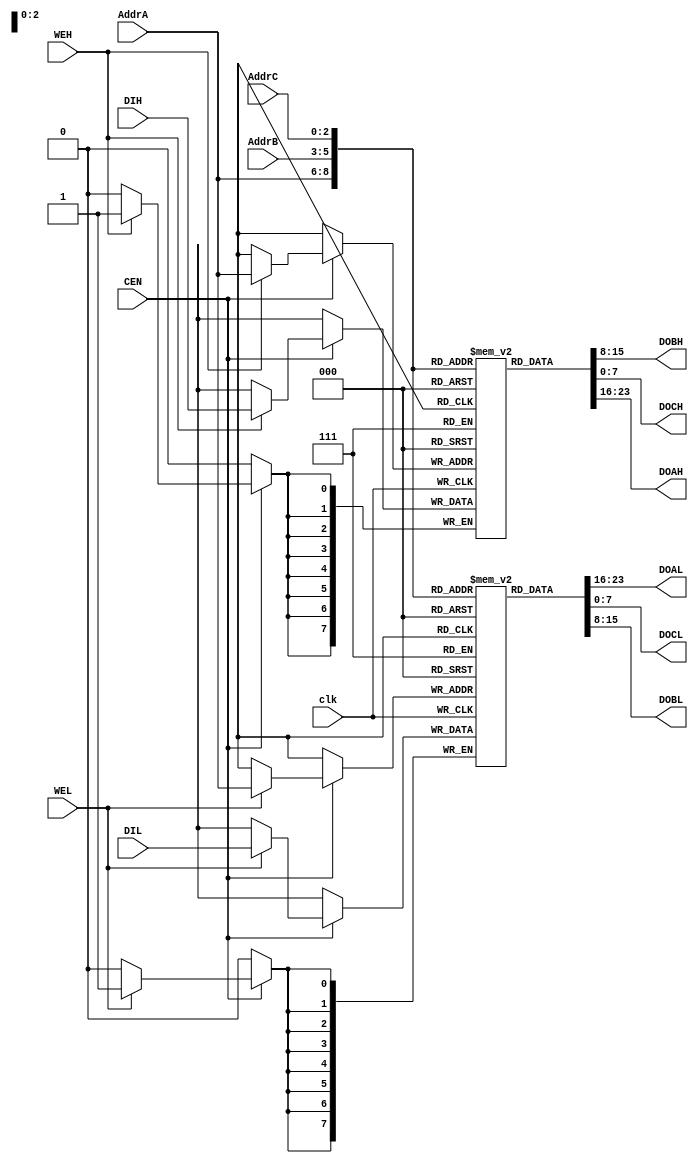
/*
  
   Multicore 2 / Multicore 2+
  
   Copyright (c) 2017-2020 - Victor Trucco

  
   All rights reserved
  
   Redistribution and use in source and synthezised forms, with or without
   modification, are permitted provided that the following conditions are met:
  
   Redistributions of source code must retain the above copyright notice,
   this list of conditions and the following disclaimer.
  
   Redistributions in synthesized form must reproduce the above copyright
   notice, this list of conditions and the following disclaimer in the
   documentation and/or other materials provided with the distribution.
  
   Neither the name of the author nor the names of other contributors may
   be used to endorse or promote products derived from this software without
   specific prior written permission.
  
   THIS CODE IS PROVIDED BY THE COPYRIGHT HOLDERS AND CONTRIBUTORS "AS IS"
   AND ANY EXPRESS OR IMPLIED WARRANTIES, INCLUDING, BUT NOT LIMITED TO,
   THE IMPLIED WARRANTIES OF MERCHANTABILITY AND FITNESS FOR A PARTICULAR
   PURPOSE ARE DISCLAIMED. IN NO EVENT SHALL THE AUTHOR OR CONTRIBUTORS BE
   LIABLE FOR ANY DIRECT, INDIRECT, INCIDENTAL, SPECIAL, EXEMPLARY, OR
   CONSEQUENTIAL DAMAGES (INCLUDING, BUT NOT LIMITED TO, PROCUREMENT OF
   SUBSTITUTE GOODS OR SERVICES; LOSS OF USE, DATA, OR PROFITS; OR BUSINESS
   INTERRUPTION) HOWEVER CAUSED AND ON ANY THEORY OF LIABILITY, WHETHER IN
   CONTRACT, STRICT LIABILITY, OR TORT (INCLUDING NEGLIGENCE OR OTHERWISE)
   ARISING IN ANY WAY OUT OF THE USE OF THIS SOFTWARE, EVEN IF ADVISED OF THE
   POSSIBILITY OF SUCH DAMAGE.
  
   You are responsible for any legal issues arising from your use of this code.
  
*///
// TV80 8-Bit Microprocessor Core
// Based on the VHDL T80 core by Daniel Wallner (jesus@opencores.org)
//
// Copyright (c) 2004 Guy Hutchison (ghutchis@opencores.org)
//
// Permission is hereby granted, free of charge, to any person obtaining a
// copy of this software and associated documentation files (the "Software"),
// to deal in the Software without restriction, including without limitation
// the rights to use, copy, modify, merge, publish, distribute, sublicense,
// and/or sell copies of the Software, and to permit persons to whom the
// Software is furnished to do so, subject to the following conditions:
//
// The above copyright notice and this permission notice shall be included
// in all copies or substantial portions of the Software.
//
// THE SOFTWARE IS PROVIDED "AS IS", WITHOUT WARRANTY OF ANY KIND,
// EXPRESS OR IMPLIED, INCLUDING BUT NOT LIMITED TO THE WARRANTIES OF
// MERCHANTABILITY, FITNESS FOR A PARTICULAR PURPOSE AND NONINFRINGEMENT.
// IN NO EVENT SHALL THE AUTHORS OR COPYRIGHT HOLDERS BE LIABLE FOR ANY
// CLAIM, DAMAGES OR OTHER LIABILITY, WHETHER IN AN ACTION OF CONTRACT,
// TORT OR OTHERWISE, ARISING FROM, OUT OF OR IN CONNECTION WITH THE
// SOFTWARE OR THE USE OR OTHER DEALINGS IN THE SOFTWARE.

module tv80_reg (/*AUTOARG*/
  // Outputs
  DOBH, DOAL, DOCL, DOBL, DOCH, DOAH,
  // Inputs
  AddrC, AddrA, AddrB, DIH, DIL, clk, CEN, WEH, WEL
  );
    input  [2:0] AddrC;
    output [7:0] DOBH;
    input  [2:0] AddrA;
    input  [2:0] AddrB;
    input  [7:0] DIH;
    output [7:0] DOAL;
    output [7:0] DOCL;
    input  [7:0] DIL;
    output [7:0] DOBL;
    output [7:0] DOCH;
    output [7:0] DOAH;
    input  clk, CEN, WEH, WEL;

  reg [7:0] RegsH [0:7];
  reg [7:0] RegsL [0:7];

  always @(posedge clk)
    begin
      if (CEN)
        begin
          if (WEH) RegsH[AddrA] <= DIH;
          if (WEL) RegsL[AddrA] <= DIL;
        end
    end

  assign DOAH = RegsH[AddrA];
  assign DOAL = RegsL[AddrA];
  assign DOBH = RegsH[AddrB];
  assign DOBL = RegsL[AddrB];
  assign DOCH = RegsH[AddrC];
  assign DOCL = RegsL[AddrC];

  // break out ram bits for waveform debug
// synopsys translate_off
  wire [7:0] B = RegsH[0];
  wire [7:0] C = RegsL[0];
  wire [7:0] D = RegsH[1];
  wire [7:0] E = RegsL[1];
  wire [7:0] H = RegsH[2];
  wire [7:0] L = RegsL[2];

  wire [15:0] IX = { RegsH[3], RegsL[3] };
  wire [15:0] IY = { RegsH[7], RegsL[7] };
// synopsys translate_on

endmodule